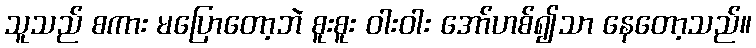
သူသည် စကား မပြောတော့ဘဲ စူးစူး ဝါးဝါး အော်ဟစ်၍သာ နေတော့သည်။